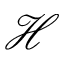
{ \mathcal H }